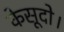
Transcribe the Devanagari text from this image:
केसूदो।